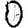
Digit: 0